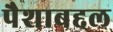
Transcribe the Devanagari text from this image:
पैशाबद्दल